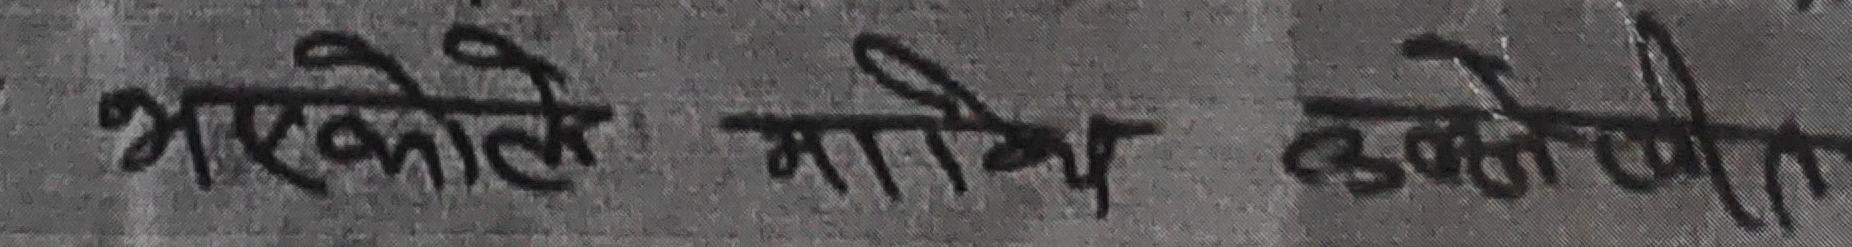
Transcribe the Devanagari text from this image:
भएकोले माथि उल्लेखित